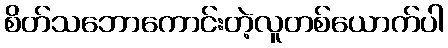
စိတ်သဘောကောင်းတဲ့လူတစ်ယောက်ပါ